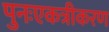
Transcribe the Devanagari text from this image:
पुनःएकत्रीकरण